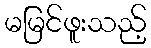
မမြင်ဖူးသည့်